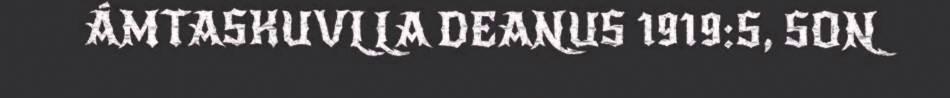
ÁMTASKUVLLA DEANUS 1919:S, SON